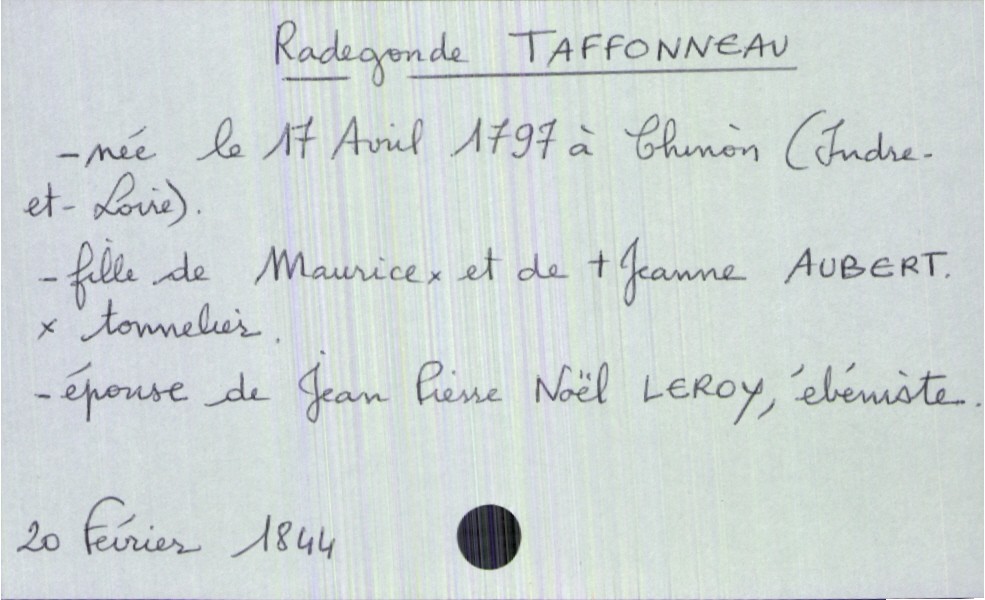
type_acte: Décès
année: 1844
mois: février
jour: 20
défunt_nom: Taffonneau
défunt_prénom: Radegonde
défunt_sexe: F
défunt_date_de_naissance: 17 avril 1797
défunt_lieu_de_naissance: Chinon (Indre-et-Loire)
défunt_statut: marié(e)
père_défunt_nom: Taffonneau
père_défunt_prénom: Maurice
père_défunt_profession: tonnelier
mère_défunt_nom: Aubert
mère_défunt_prénom: Jeanne
mère_défunt_statut: décédée